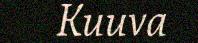
Kuuva